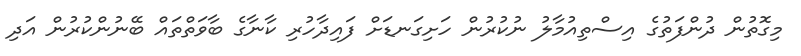
މިގޮތުން ދުންފަތުގެ އިސްތިއުމާލު ނުކުރުން ހަށިގަނޑަށް ފައިދާހުރި ކާނާގެ ބާވަތްތައް ބޭނުންކުރުން އަދި